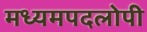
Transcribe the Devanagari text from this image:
मध्यमपदलोपी